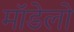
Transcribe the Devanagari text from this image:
मॉडेलो